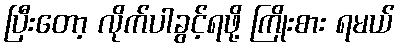
ပြီးတော့ လိုက်ပါခွင့်ရဖို့ ကြိုးစား ရမယ်